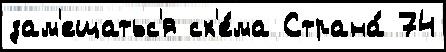
зам'ещатьс'я сх'е́ма Страна́ 74